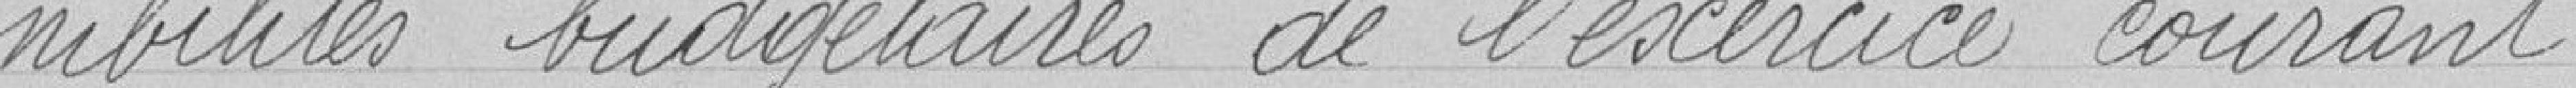
nibilités budgétaires de l'exercice courant.